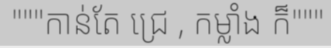
"""កាន់តែ ជ្រេ , កម្លាំង ក៏"""